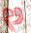
وم